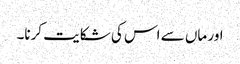
اور ماں سے اس کی شکایت کرنا۔